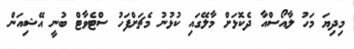
މިދިޔަ މަހު ލާއޯސްއާ ދެކޮޅަށް މާލޭގައި ކުޅުނު މެޗަށްފަހު ސްޓެވާޓް ބުނީ އޭޝިއަން